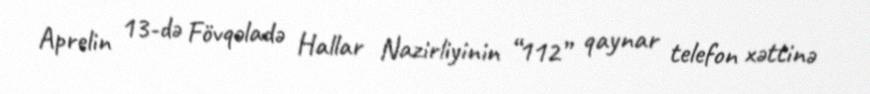
Aprelin 13-də Fövqəladə Hallar Nazirliyinin “112” qaynar telefon xəttinə